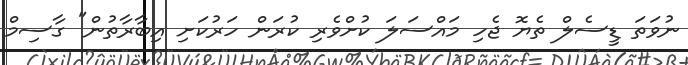
ނުވަތަ ޑީސެލް ތެޔޮ ޖެހި މައްސަލަ ކުށްވެރި ކުރަން ހަރުކަށި އިބާރާތުން" ގާސިމް